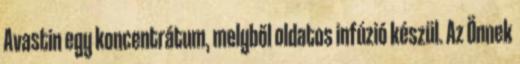
Avastin egy koncentrátum, melyből oldatos infúzió készül. Az Önnek